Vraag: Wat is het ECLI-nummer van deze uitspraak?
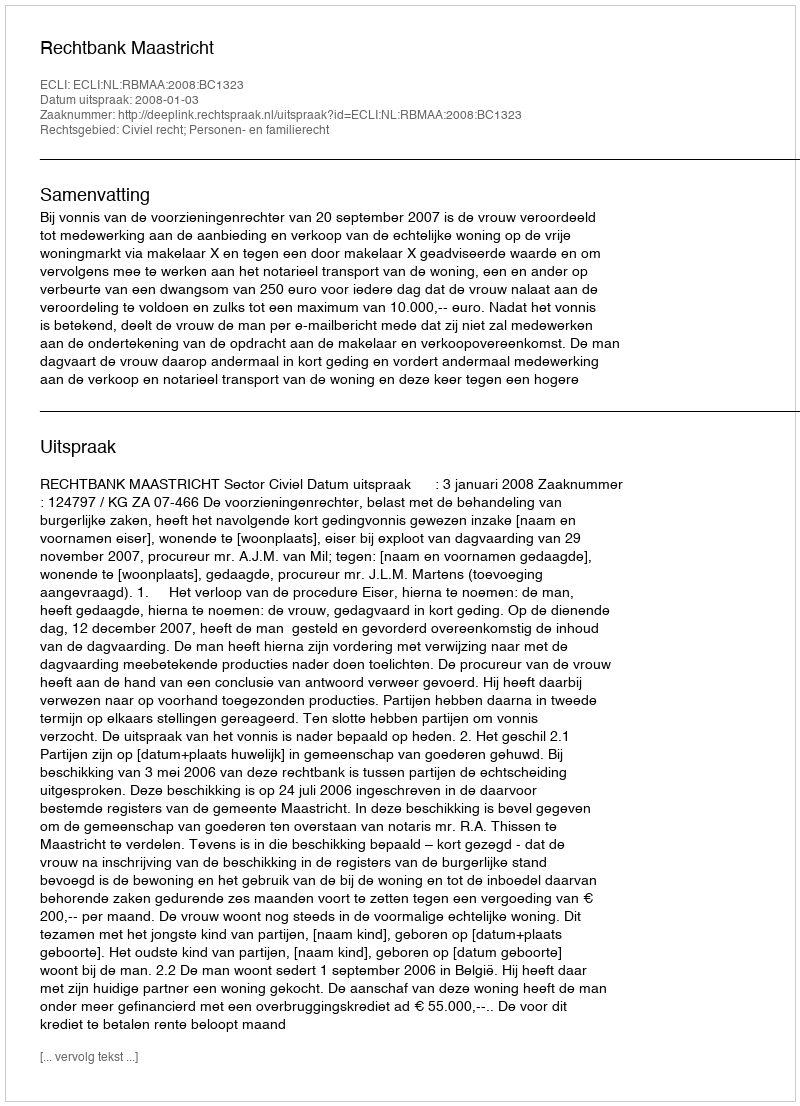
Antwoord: ECLI:NL:RBMAA:2008:BC1323